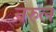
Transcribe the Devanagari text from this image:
नरुल